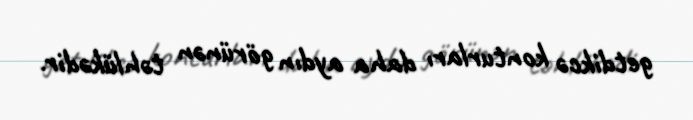
getdikcə konturları daha aydın görünən təhlükədir.